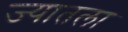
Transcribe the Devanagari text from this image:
ज्यातला